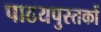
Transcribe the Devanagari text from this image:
पाठयपुस्तकों